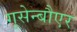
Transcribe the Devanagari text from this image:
गूसेन्बौएर